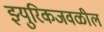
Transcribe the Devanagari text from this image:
झ्युरिकजवळील